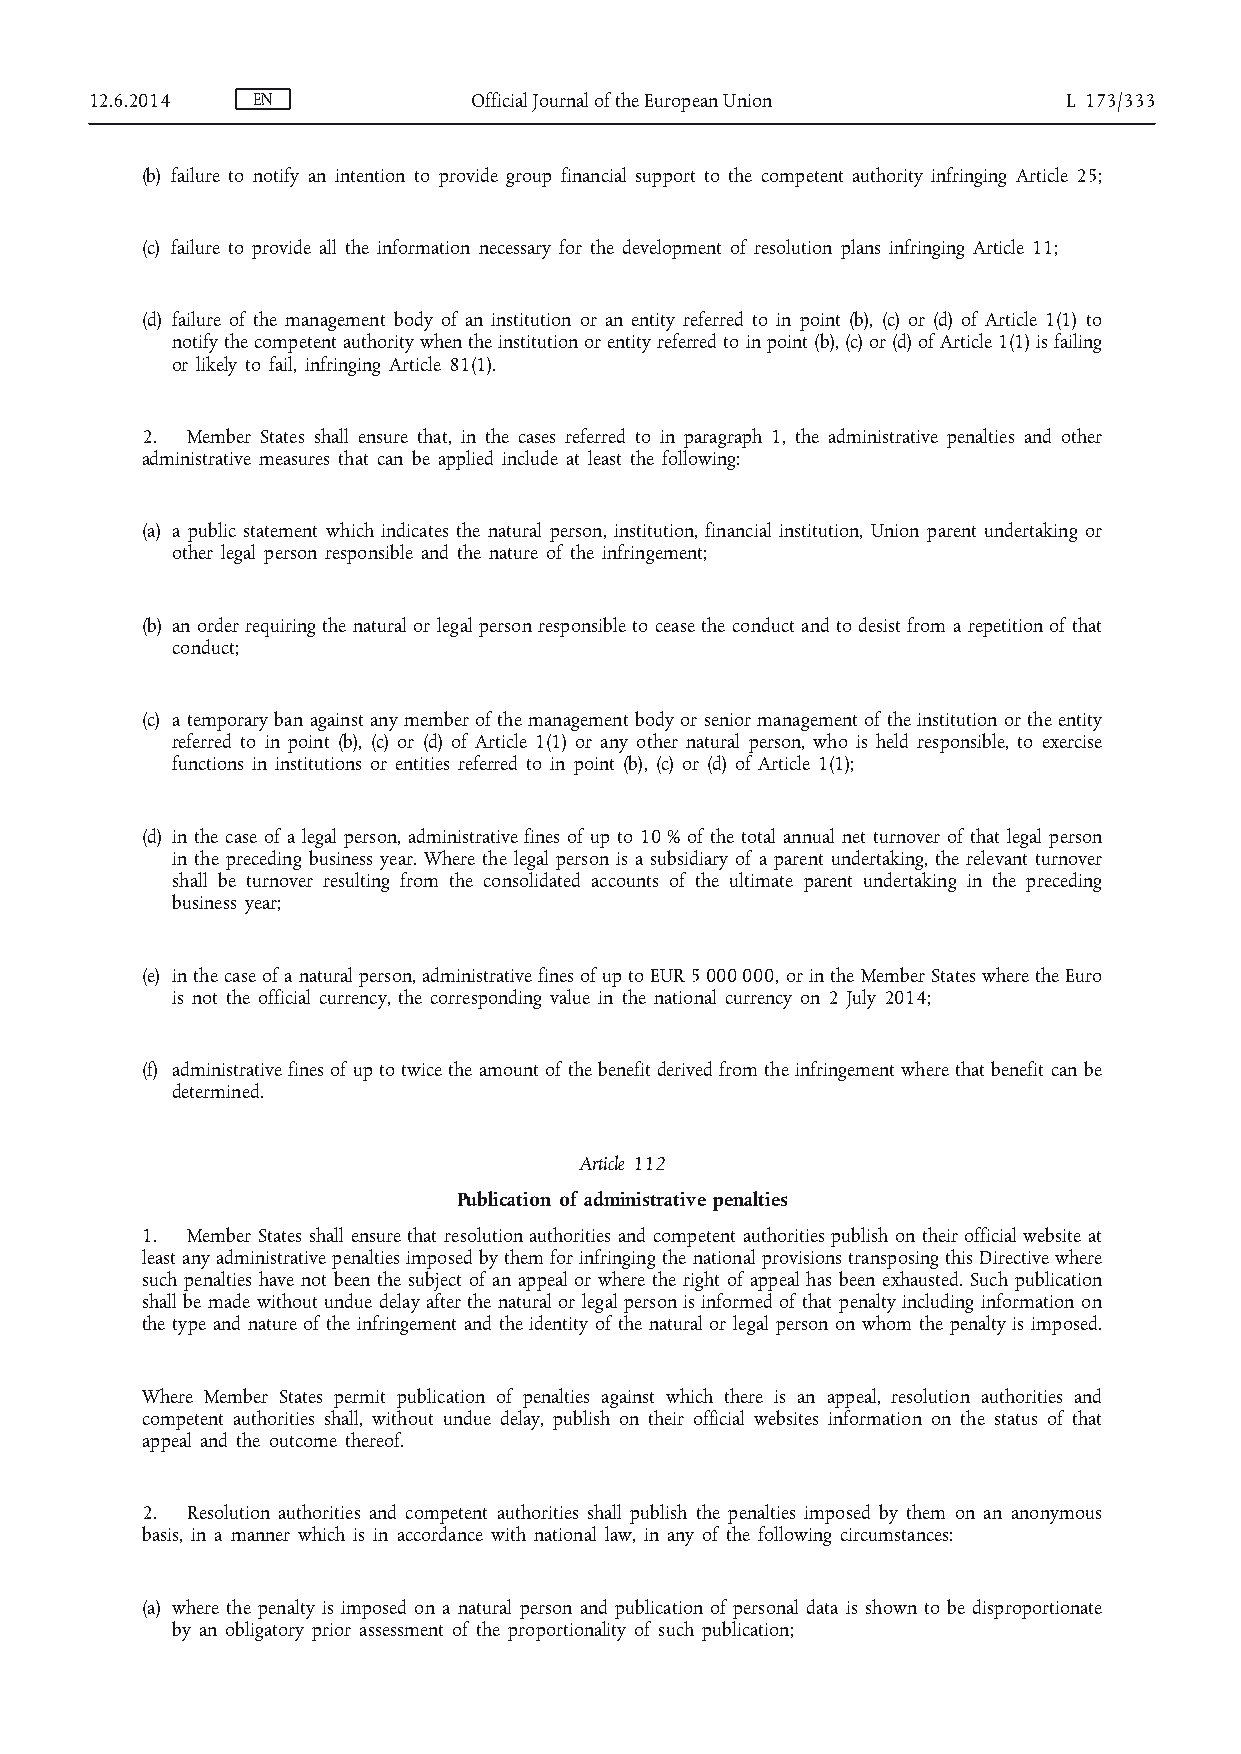
12.6.2014  EN            Official Journal of the European Union  L 173/333
 (b) failure to notify an intention to provide group financial support to the competent authority infringing Article 25;
 (c) failure to provide all the information necessary for the development of resolution plans infringing Article 11;
 (d) failure of the management body of an institution or an entity referred to in point (b), (c) or (d) of Article 1(1) to
 notify the competent authority when the institution or entity referred to in point (b), (c) or (d) of Article 1(1) is failing
 or likely to fail, infringing Article 81(1).
 2. Member States shall ensure that, in the cases referred to in paragraph 1, the administrative penalties and other
 administrative measures that can be applied include at least the following:
 (a) a public statement which indicates the natural person, institution, financial institution, Union parent undertaking or
 other legal person responsible and the nature of the infringement;
 (b) an order requiring the natural or legal person responsible to cease the conduct and to desist from a repetition of that
 conduct;
 (c) a temporary ban against any member of the management body or senior management of the institution or the entity
 referred to in point (b), (c) or (d) of Article 1(1) or any other natural person, who is held responsible, to exercise
 functions in institutions or entities referred to in point (b), (c) or (d) of Article 1(1);
 (d) in the case of a legal person, administrative fines of up to 10 % of the total annual net turnover of that legal person
 in the preceding business year. Where the legal person is a subsidiary of a parent undertaking, the relevant turnover
 shall be turnover resulting from the consolidated accounts of the ultimate parent undertaking in the preceding
 business year;
 (e) in the case of a natural person, administrative fines of up to EUR 5 000 000, or in the Member States where the Euro
 is not the official currency, the corresponding value in the national currency on 2 July 2014;
 (f) administrative fines of up to twice the amount of the benefit derived from the infringement where that benefit can be
 determined.
 Article 112
 Publication of administrative penalties
 1. Member States shall ensure that resolution authorities and competent authorities publish on their official website at
 least any administrative penalties imposed by them for infringing the national provisions transposing this Directive where
 such penalties have not been the subject of an appeal or where the right of appeal has been exhausted. Such publication
 shall be made without undue delay after the natural or legal person is informed of that penalty including information on
 the type and nature of the infringement and the identity of the natural or legal person on whom the penalty is imposed.
 Where Member States permit publication of penalties against which there is an appeal, resolution authorities and
 competent authorities shall, without undue delay, publish on their official websites information on the status of that
 appeal and the outcome thereof.
 2. Resolution authorities and competent authorities shall publish the penalties imposed by them on an anonymous
 basis, in a manner which is in accordance with national law, in any of the following circumstances:
 (a) where the penalty is imposed on a natural person and publication of personal data is shown to be disproportionate
 by an obligatory prior assessment of the proportionality of such publication;